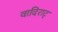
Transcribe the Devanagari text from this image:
वादिराट्